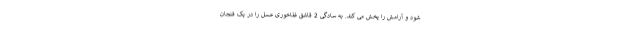
شود و آرامش را پخش می کند. به سادگی 2 قاشق غذاخوری عسل را در یک فنجان